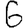
Digit: 6